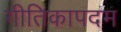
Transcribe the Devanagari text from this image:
गीतिकापदम